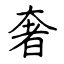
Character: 奢